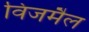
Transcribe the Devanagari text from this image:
विजमैल